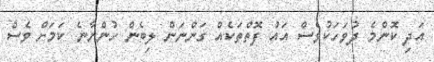
އަދި ކޮންމެ ދުވަހަކުވެސް އައު ފޮތްތަކެއް ގަންނަން ލިބެން ހުންނާނެ ކަމަށް ވެސް